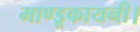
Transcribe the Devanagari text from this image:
माण्डूकायनी।